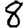
Digit: 8